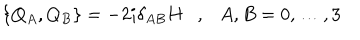
LaTeX: \left\{ Q _ { A } , Q _ { B } \right\} = - 2 i \delta _ { A B } H , A , B = 0 , \dots , 3